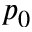
p _ { 0 }